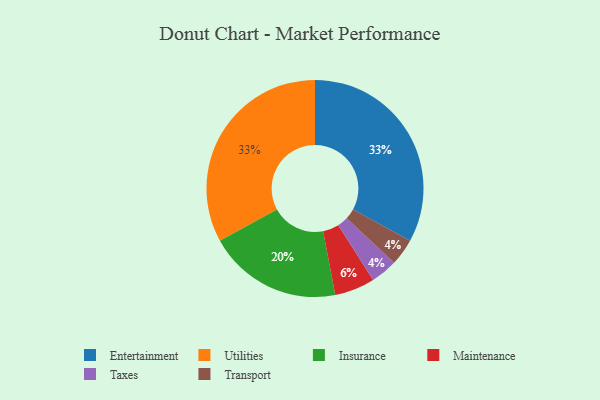
{"axis": {"x": "Category", "y": "Percentage"}, "legend": ["Entertainment", "Insurance", "Maintenance", "Taxes", "Transport", "Utilities"], "data": [{"x": "Maintenance", "y": 6, "type": "Maintenance"}, {"x": "Entertainment", "y": 33, "type": "Entertainment"}, {"x": "Utilities", "y": 33, "type": "Utilities"}, {"x": "Taxes", "y": 4, "type": "Taxes"}, {"x": "Insurance", "y": 20, "type": "Insurance"}, {"x": "Transport", "y": 4, "type": "Transport"}]}